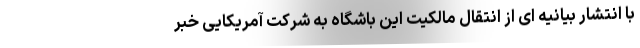
با انتشار بیانیه ای از انتقال مالکیت این باشگاه به شرکت آمریکایی خبر